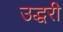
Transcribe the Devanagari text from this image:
उद्धरी